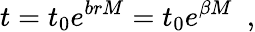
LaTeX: t=t_{0}e^{brM}=t_{0}e^{\beta M}\, \, \, ,